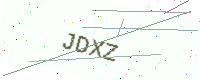
Text: JDXZ